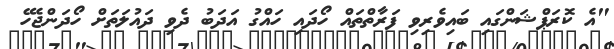
"އެ ކޮރަޕްޝަންގައި ބައިވެރިވި ފަރާތްތައް ހޯދައި ހައްގު އަދަބު ދެވި ދައުލަތަށް ހޯދަންޖެހޭ